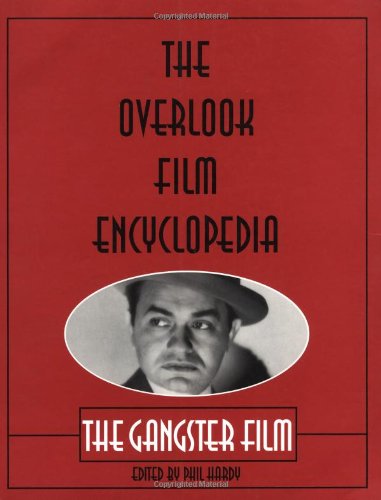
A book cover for The Overlook Film Encyclopedia: The Gangster Film; Phil Hardy; Humor & Entertainment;